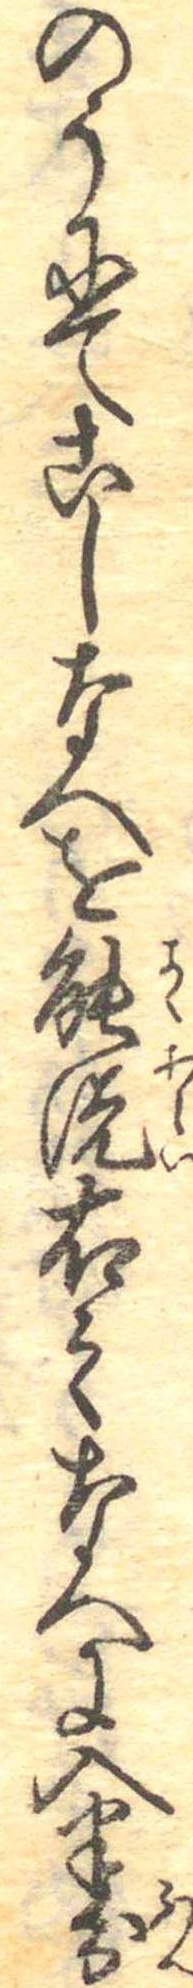
のうにてこしなへを能洗右之なへに入半分